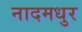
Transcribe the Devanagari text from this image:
नादमधुर